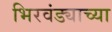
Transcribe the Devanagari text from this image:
भिरवंड्याच्या